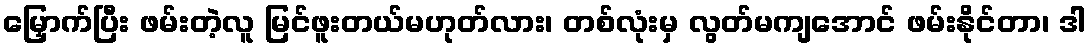
မြှောက်ပြီး ဖမ်းတဲ့လူ မြင်ဖူးတယ်မဟုတ်လား၊ တစ်လုံးမှ လွတ်မကျအောင် ဖမ်းနိုင်တာ၊ ဒါ